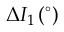
\Delta I _ { 1 } \, ( ^ { \circ } )